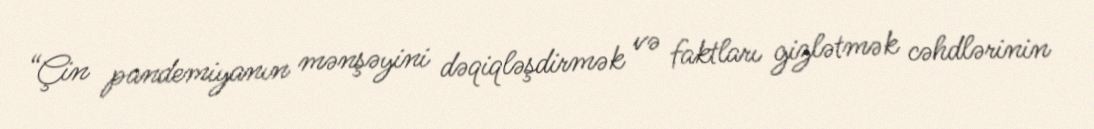
“Çin pandemiyanın mənşəyini dəqiqləşdirmək və faktları gizlətmək cəhdlərinin